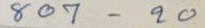
807 - 20